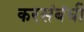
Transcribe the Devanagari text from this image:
करसंबंधी